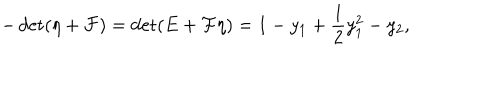
LaTeX: - \det ( \eta + { \cal F } ) = \det ( E + { \cal F } \eta ) = 1 - y _ { 1 } + \frac 1 2 y _ { 1 } ^ { 2 } - y _ { 2 } ,